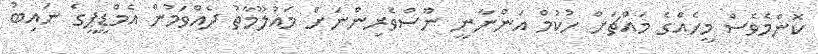
ކޮންމެވެސް މީހެއްގެ މައްޗަށް ހުކުމް އަންނާނީ ނޫސްވެރިންނަށް މައުލޫމާތު ދެއްވަމުން އެމްޑީޕީގެ ނައިބު